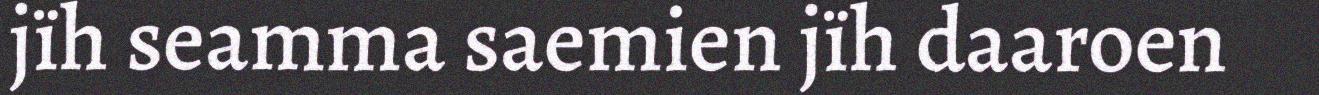
jïh seamma saemien jïh daaroen